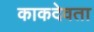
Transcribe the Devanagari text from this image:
काकदेवता